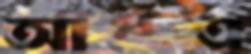
আরএ